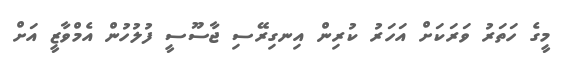
މީގެ ހަތަރު ވަރަކަށް އަހަރު ކުރިން އިނގިރޭސި ޖާސޫސީ ފުލުހުން އެމްވާޒީ އަށް